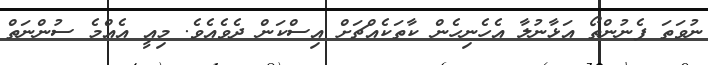
ނުވަތަ ފެނުންތޯ އަޅާނުލާ އެހެނިހެން ކާތަކެއްޗަށް އިސްކަން ދެވެއެވެ. މިއީ އެއްމެ ސުންނަތް